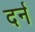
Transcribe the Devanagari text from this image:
दर्न